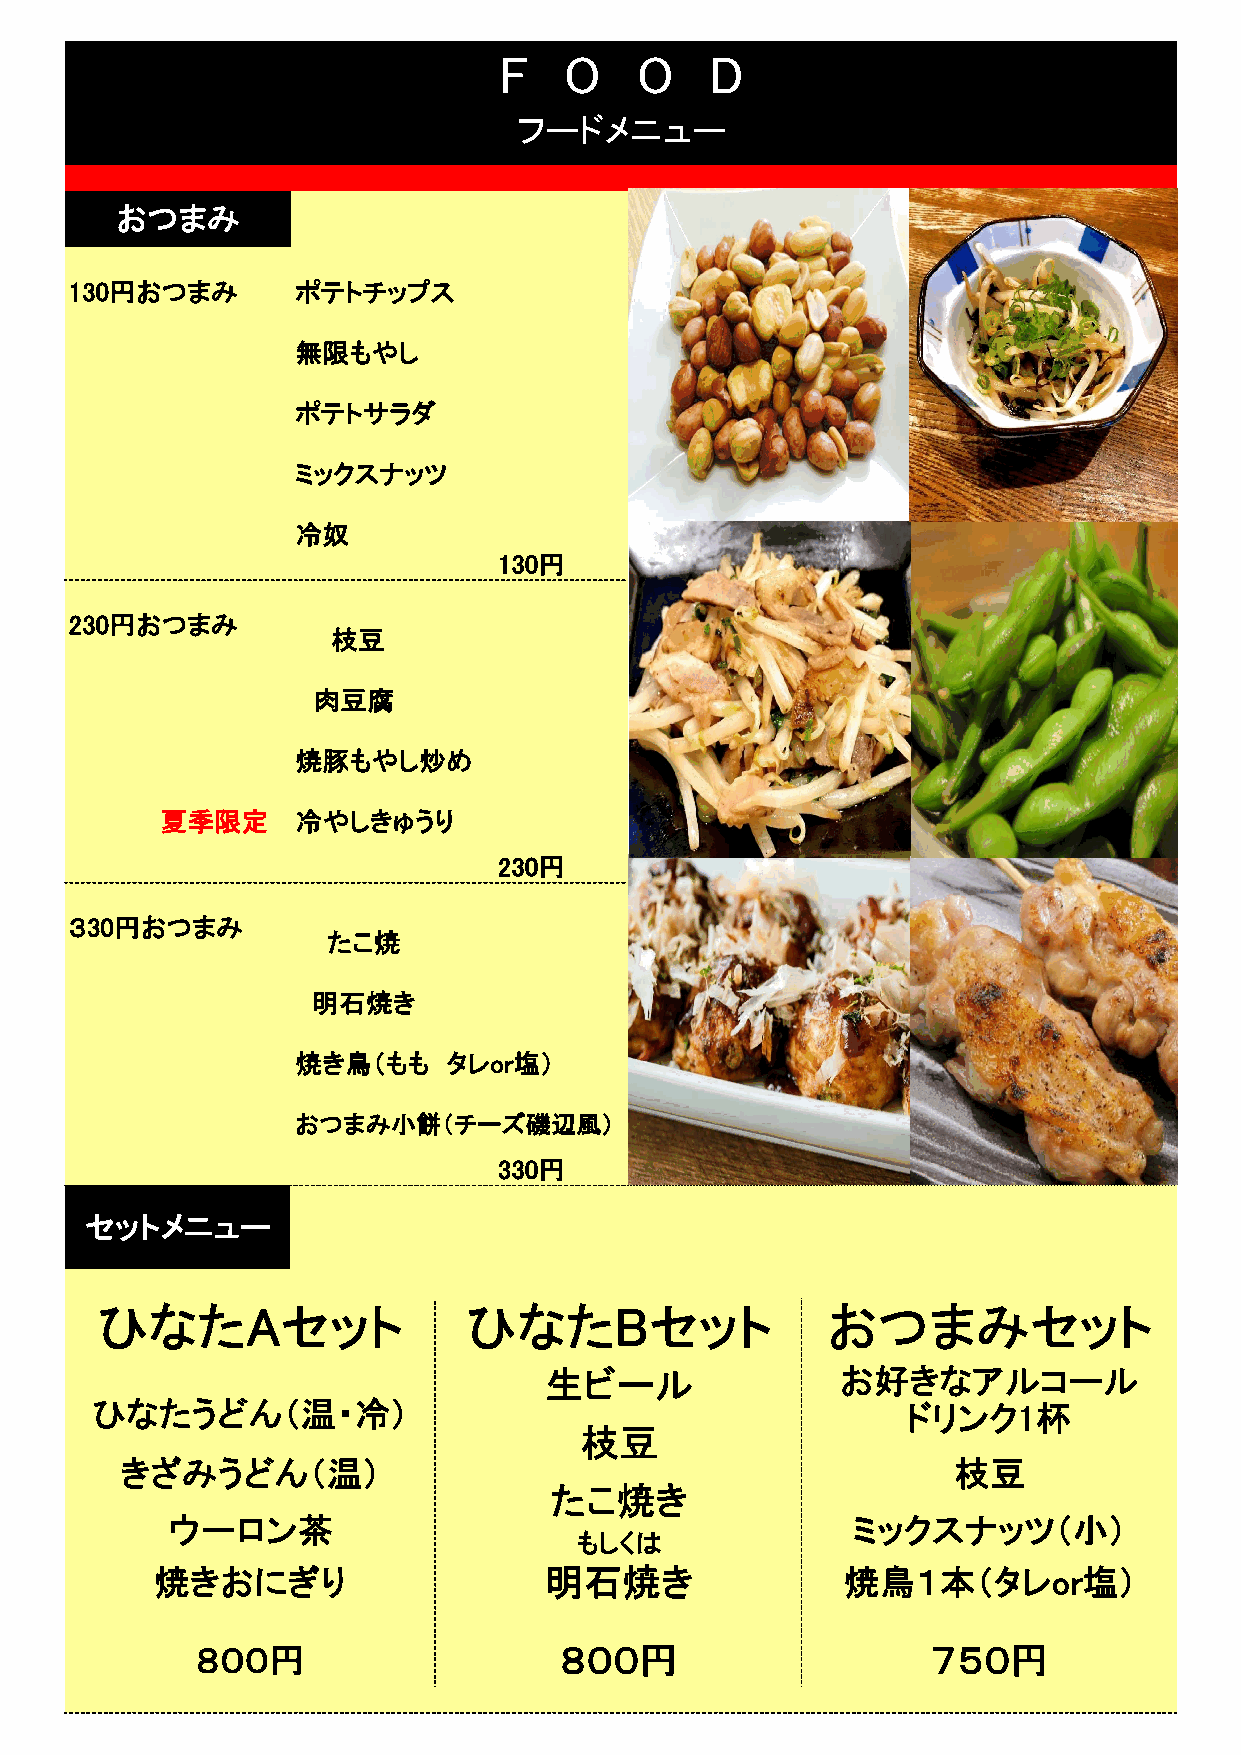
F   O    O    D
 フードメニュー
 おつまみ
 130円おつまみ       ポテトチップス
 無限もやし
 ポテトサラダ
 ミックスナッツ
 冷奴
 130円
 230円おつまみ
 枝豆
 肉豆腐
 焼豚もやし炒め
 夏季限定     冷やしきゅうり
 230円
 ３30円おつまみ
 たこ焼
 明石焼き
 焼き鳥（もも    タレor塩）
 おつまみ小餅（チーズ磯辺風）
 330円
 セットメニュー
 ひなたAセット                  ひなたBセット                 おつまみセット
 生ビール                お好きなアルコール
 ひなたうどん（温・冷）                                           ドリンク1杯
 枝豆
 きざみうどん（温）                                              枝豆
 たこ焼き
 ウーロン茶                                        ミックスナッツ（小）
 もしくは
 焼きおにぎり                    明石焼き                焼鳥１本（タレor塩）
 ８００円                    ８００円                     ７５０円